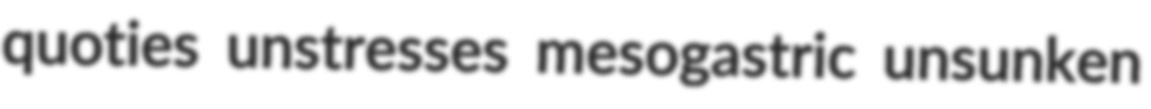
quoties unstresses mesogastric unsunken